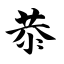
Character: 恭